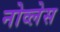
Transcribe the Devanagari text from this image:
नोव्लेस